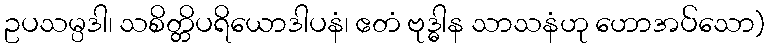
ဥပသမ္ပဒါ၊ သစိတ္တိပရိယောဒါပနံ၊ ဧတံ ဗုဒ္ဓါန သာသနံဟု ဟောအပ်သော)